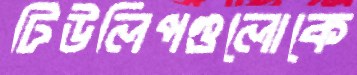
টিউলিপগুলোকে